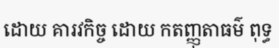
ដោយ គារវកិច្ច ដោយ កតញ្ញុតាធម៌ ពុទ្ធ